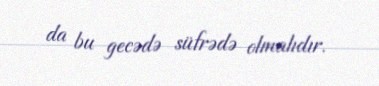
da bu gecədə süfrədə olmalıdır.